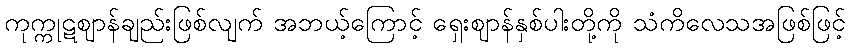
ကုက္ကုဋဈာန်ချည်းဖြစ်လျက် အဘယ့်ကြောင့် ရှေးဈာန်နှစ်ပါးတို့ကို သံကိလေသအဖြစ်ဖြင့်